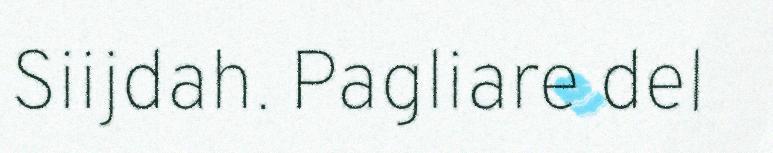
Siijdah. Pagliare del